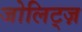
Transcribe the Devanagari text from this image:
जोलिट्ज़